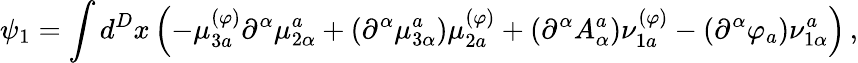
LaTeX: \psi_{1}=\int d^{D}x\left(-\mu_{3a}^{(\varphi)}\partial^{\alpha}\mu_{2\alpha}^{a}+\left(\partial^{\alpha}\mu_{3\alpha}^{a}\right)\mu_{2a}^{(\varphi)}+\left(\partial^{\alpha}A_{\alpha}^{a}\right)\nu_{1a}^{(\varphi)}-\left(\partial^{\alpha}\varphi_{a}\right)\nu_{1\alpha}^{a}\right)\, ,